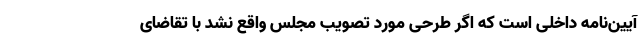
آیین‌نامه داخلی است که اگر طرحی مورد تصویب مجلس واقع نشد با تقاضای